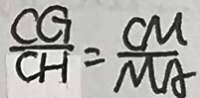
\frac { C G } { C H } = \frac { C M } { M A }